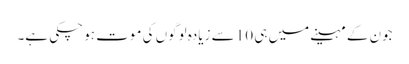
جون کے مہینے میں ہی 10 سے زیادہ لوگوں کی موت ہو چکی ہے۔